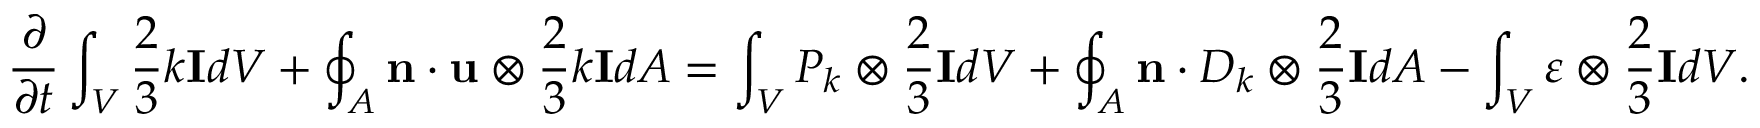
\frac { \partial } { \partial t } \int _ { V } \frac { 2 } { 3 } k \mathbf { I } d V + \oint _ { A } \mathbf { n } \cdot \mathbf { u } \otimes \frac { 2 } { 3 } k \mathbf { I } d A = \int _ { V } P _ { k } \otimes \frac { 2 } { 3 } \mathbf { I } d V + \oint _ { A } \mathbf { n } \cdot D _ { k } \otimes \frac { 2 } { 3 } \mathbf { I } d A - \int _ { V } \varepsilon \otimes \frac { 2 } { 3 } \mathbf { I } d V .